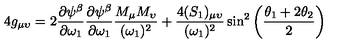
4 g _ { \mu \upsilon } = 2 { \frac { \partial \psi ^ { \beta } } { \partial \omega _ { 1 } } } { \frac { \partial \psi ^ { \beta } } { \partial \omega _ { 1 } } } { \frac { M _ { \mu } M _ { \upsilon } } { ( \omega _ { 1 } ) ^ { 2 } } } + { \frac { 4 ( S _ { 1 } ) _ { \mu \upsilon } } { ( \omega _ { 1 } ) ^ { 2 } } } \sin ^ { 2 } \left( { \frac { \theta _ { 1 } + 2 \theta _ { 2 } } { 2 } } \right)